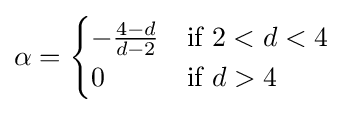
\alpha ={\begin{cases}-{\frac {4-d}{d-2}}&{\text{if}}\ 2<d<4\\0&{\text{if }}d>4\end{cases}}